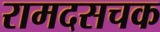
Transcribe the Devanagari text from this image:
रामदसचक